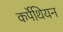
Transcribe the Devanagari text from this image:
कर्पेथियन